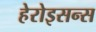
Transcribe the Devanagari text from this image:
हेरोइसन्स